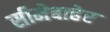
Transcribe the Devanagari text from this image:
सीमेबाहेर